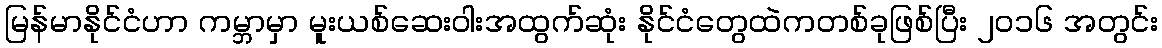
မြန်မာနိုင်ငံဟာ ကမ္ဘာမှာ မူးယစ်ဆေးဝါးအထွက်ဆုံး နိုင်ငံတွေထဲကတစ်ခုဖြစ်ပြီး ၂၀၁၆ အတွင်း